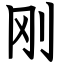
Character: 刚